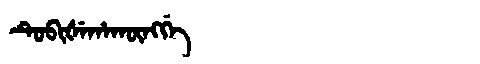
Manchu: ᡨᡠᠪᡳᡧᡝᡥᠠᡴᡡᠩᡤᡝ
Romanization: TUBIŠEHAKŪNGGE